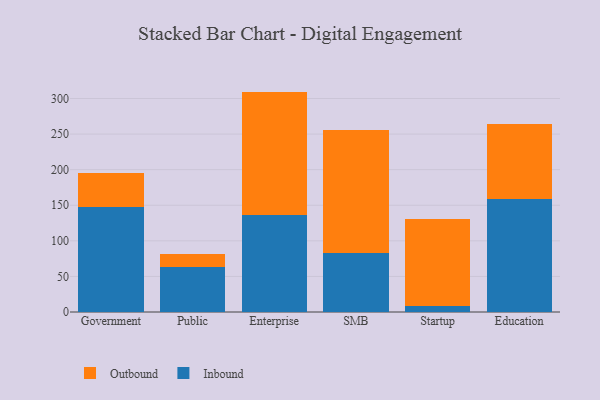
{"axis": {"x": "Segment", "y": "Backlog"}, "legend": ["Inbound", "Outbound"], "data": [{"x": "Government", "y": 147.4, "type": "Inbound"}, {"x": "Government", "y": 47.5, "type": "Outbound"}, {"x": "Public", "y": 63.3, "type": "Inbound"}, {"x": "Public", "y": 18.9, "type": "Outbound"}, {"x": "Enterprise", "y": 136.8, "type": "Inbound"}, {"x": "Enterprise", "y": 172.9, "type": "Outbound"}, {"x": "SMB", "y": 82.4, "type": "Inbound"}, {"x": "SMB", "y": 174.0, "type": "Outbound"}, {"x": "Startup", "y": 8.7, "type": "Inbound"}, {"x": "Startup", "y": 122.5, "type": "Outbound"}, {"x": "Education", "y": 158.3, "type": "Inbound"}, {"x": "Education", "y": 106.1, "type": "Outbound"}]}